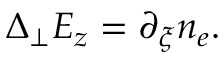
\begin{array} { r } { \Delta _ { \perp } E _ { z } = \partial _ { \xi } n _ { e } . } \end{array}